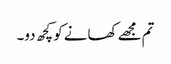
تم مجھے کھانے کو کچھ دو۔